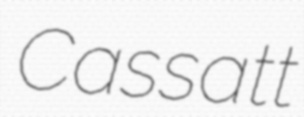
Cassatt